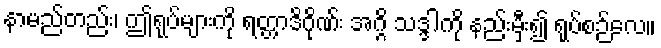
နာမည်တည်း၊ ဤရုပ်များကို ရတ္တာဒိဂိုဏ်း အဂ္ဂိ သဒ္ဒါကို နည်းမှီး၍ ရုပ်စဉ်လေ။